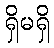
ရှိမရှိ